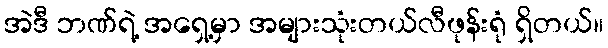
အဲဒီ ဘဏ်ရဲ့ အရှေ့မှာ အများသုံးတယ်လီဖုန်းရုံ ရှိတယ်။